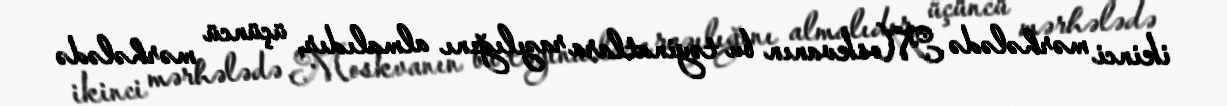
ikinci mərhələdə Moskvanın bu təyinatlara razılığını almalıdır, üçüncü mərhələdə